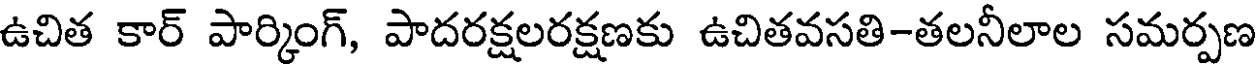
ఉచిత కార్ పార్కింగ్, పాదరక్షలరక్షణకు ఉచితవసతి-తలనీలాల సమర్పణ